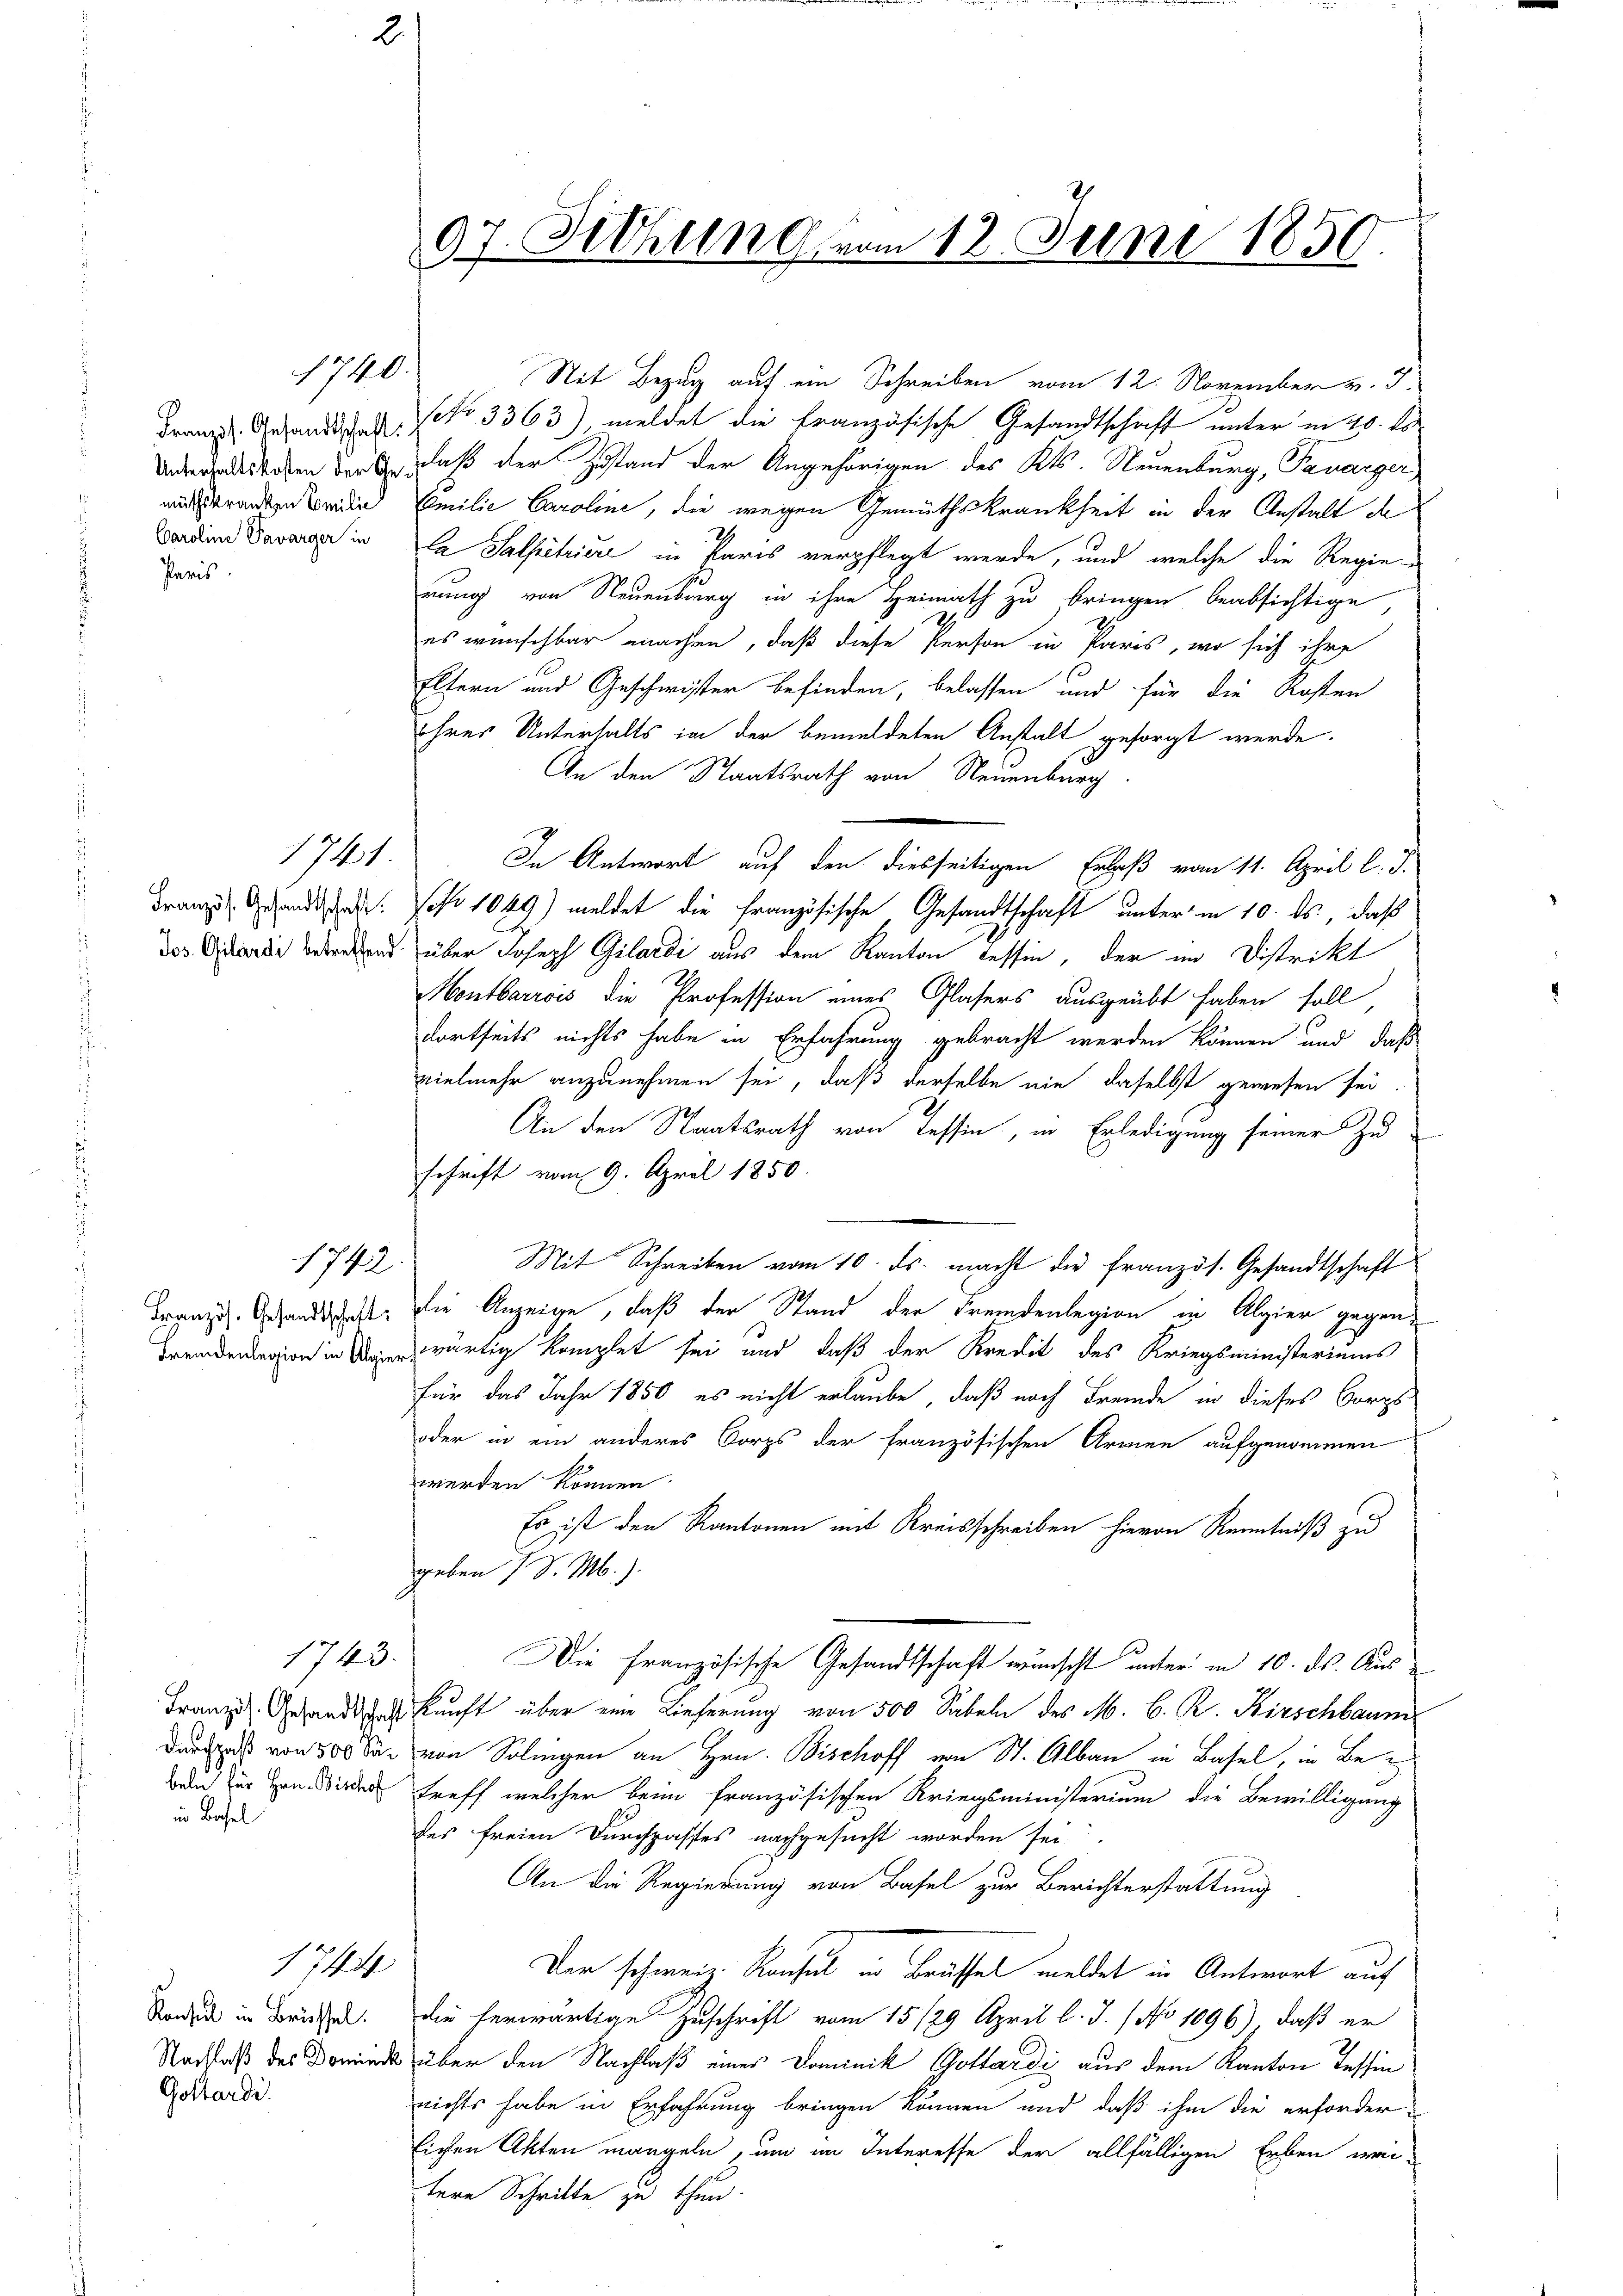
Paris.

1741.

in Basel

Sit Bezug auf ein Schreiben vom 12. November v. J.
Franz. Gesandtsche No 3363) meldet die französische Gesandtschaft unter in 20. ds.
Unendestehen der Er daß der Zustand der Angehörigen des Kts. Neuenburg, Tanarger
mirantze beiden Emilie Caroline, die wegen Gemüthskrankheit in der Anstalt de
Candiene Taver in la Salpetriere in Paris verpflegt werde, und welche die Regie-
nung von Neuenburg in ihre Heimath zu bringen beabsichtige
es wünschbar machen, daß diese Person in Paris, wo sich ihre
Eltern und Geschwister befinden, belassen und für die Kosten
ihres Unterhalts in der bemeldeten Anstalt gesorgt werde.
An den Staatsrath von Neuenburg
In Antwort auf den diesseitigen Erlaß vom 11. April l. J.
Franz. Gesandten scho 1049) meldet die Französische Gesandtschaft unter in 10. ds., daß
des ande betreten über Joseph Gilardi aus dem Kanton Tessin, der im Distrikt
Montbarrois die Profession eines Glasers ausgeübt haben soll,
dortseits nichts habe in Erfahrung gebracht werden können und daß
vielmehr anzunehmen sei, daß derselbe nie daselbst gewesen sei.
An den Staatsrath von Tessin, in Erledigung seiner Zu
schrift vom 9. April 1850.
Mit Schreiben vom 10. ds. macht die französ. Gesandtschaft
1743
Franzig Gesandtschaft, die Anzeige, daß der Stand der Fremdenlegion in Algier gegenion in erwärtig komplet sei und daß der Kredit des Kriegsministeriums
für das Jahr 1850 es nicht erlaube, daß nach Fremde in dieses Borgs¬
oder in ein anderes Corps der französischen Armen aufgenommen
werden können.
Es ist den Kantonen mit Kreisschreiben hievon Kenntniß zu
geben 7. d. M.).
1743.
Die Französische Gesandtschaft wünscht unter in 10. ds. Aus¬
Franz. Gesandtag kunft über eine Lieferung von 500 Sabeln des M. C. R. Kirschbaum
Durch von 300 S von Solingen an Hrn. Bischoff von St. Albau in Basel, in Be
Bau der Hrn. Wieder treff welcher beim französischen Kriegsministerium die Bewilligung
des freien Durchgasses nachgesucht worden sei.
An die Regierung von Basel zur Berichterstattung
17
Der schweiz. Konseil in Brüssel meldet in Antwort auf
Kandi in Brüche. Die herwärtige Zuschrift vom 15./29. April l. J. / No 1096), daß er
Nachlaß des Dominde über den Nachlaß eines Dominik Gottardi aus dem Kanton Tessin
nichts habe in Erfahrung bringen können und daß ihm die erforder-
lichen Akten mangeln, um im Interesse der allfälligen Erben wei-
tere Schritte zu thun.

1740.

Gothardi.

97. Sitzung vom 12. Juni 1850.